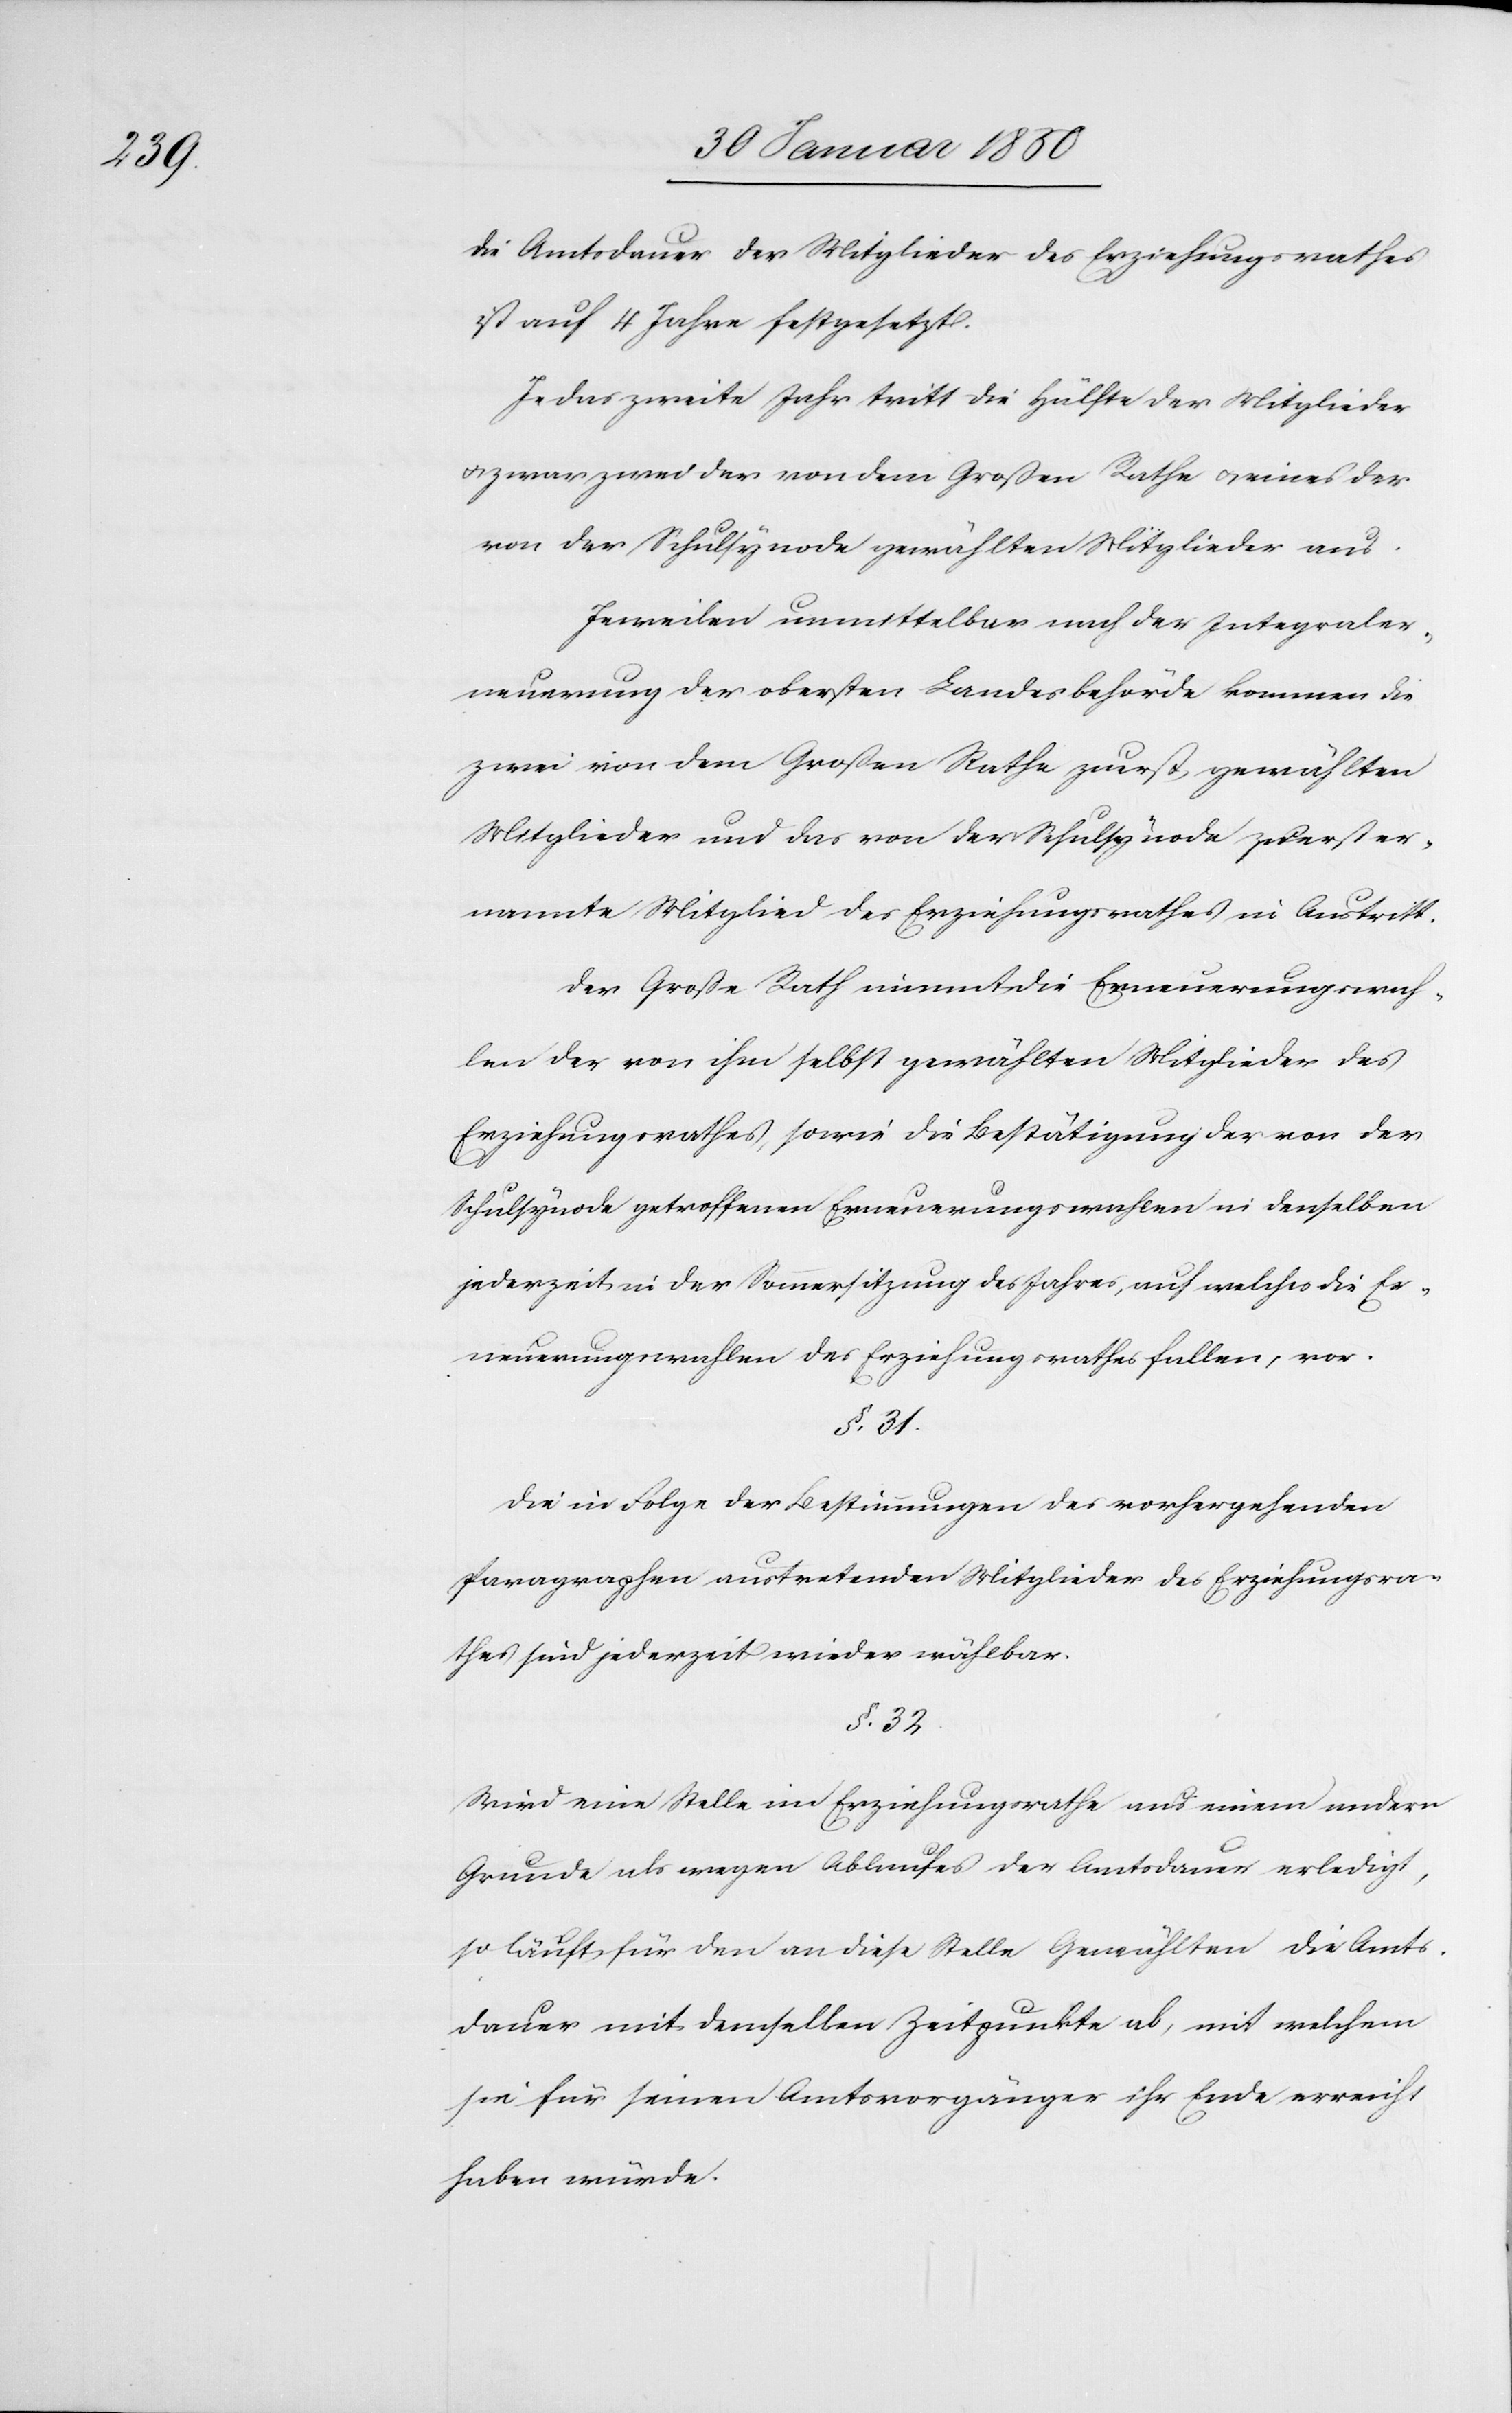
Die Amtsdauer der Mitglieder des Erziehungsrathes
ist auf 4 Jahre festgesetzt.
Je das zweite Jahr tritt die Hälfte der Mitglieder
u. zwar zwei der von dem Großen Rathe u. eines der
von der Schulsynode gewählten Mitglieder aus.
Jeweilen unmittelbar nach der Integraler¬
neuerung der obersten Landesbehörde kommen die
zwei von dem Großen Rathe zuerst gewählten
Mitglieder und das von der Schulsynode zuerst er¬
nannte Mitglied des Erziehungsrathes in Austritt.
Der Große Rath nimmt die Erneuerungswah¬
len der von ihm selbst gewählten Mitglieder des
Erziehungsrathes, sowie die Bestätigung der von der
Schulsynode getroffenen Erneuerungswahlen in denselben
jederzeit in der Sommersitzung des Jahres, auf welches die Er¬
neuerungswahlen des Erziehungsrathes fallen, vor.
§. 31.
Die in Folge der Bestimmungen der vorhergehenden
Paragraphen austretenden Mitglieder des Erziehungsra¬
thes sind jederzeit wieder wählbar.
§. 32.
Wird eine Stelle im Erziehungsrathe aus einem andern
Grunde als wegen Ablaufes der Amtsdauer erledigt,
so läuft für den an diese Stelle Gewählten die Amts¬
dauer mit demselben Zeitpunkte ab, mit welchem
sie für seinen Amtsvorgänger ihr Ende erreicht
haben würde.